Annual report on the working of the lock hospitals in the Central Provinces
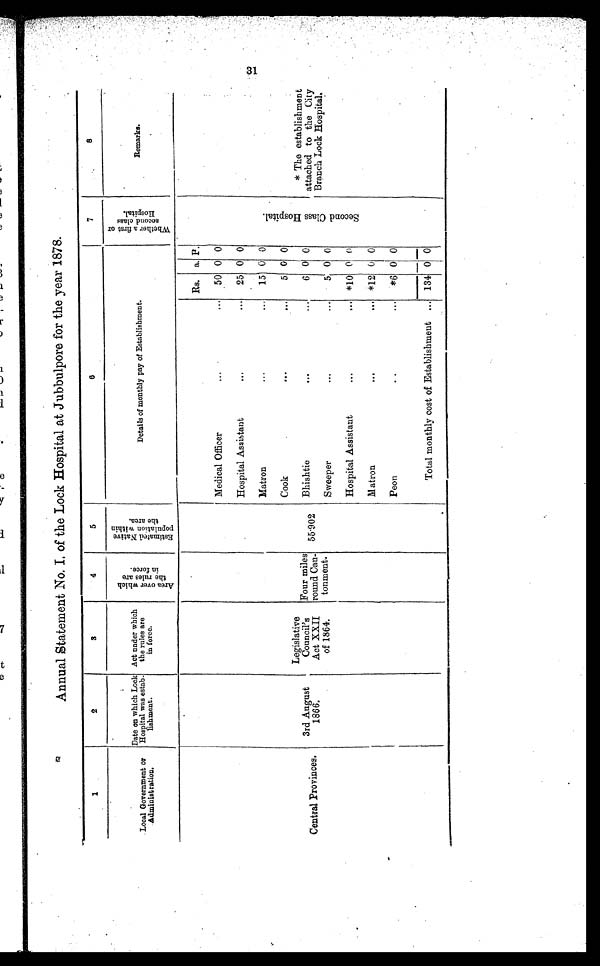
Annual Statement No. I. of the Lock Hospital at Jubbulpore for the year 1878.
1
2
3
4
5
6
7
8
Local Government or
Administration.
Date on which Lock
Hospital was estab-
lishment.
Act under which
the rules are
in force.
A r e a o v e r w h i c h t h e r u l e s a r e i n f o r c e .
E s t i m a t e d N a t i v e p o p u l a t i o n w i t h i n t h e a r e a .
Details of monthly pay of Establishment.
W h e t h e r a f i r s t o r s e c o n d c l a s s H o s p i t a l .
Remarks.
Central Provinces.
3rd August
1866.
Legislative
Council's
Act XXII
of 1864.
Four miles
round Can
-tonment.
55.902
Rs. a. P.
S e c o n d C l a s s H o s p i t a l .
* T h e e s t a b l i s h m e n t
attached to the City
Branch Lock Hospital.
Medical Officer
...
... 50 0 0
Hospital Assistant
...
... 25 0 0
Matron
...
... 15 0 0
Cook
...
...
5 0 0
Bhishtie
...
...
6 0 0
Sweeper
...
...
5 0 0
Hospital Assistant
...
. . . *10 0 0
Matron
...
. . . *12 0 0
Peon
...
... *6 0 0
Total monthly cost of Establishment ... 134 0 0